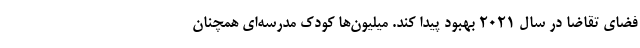
فضای تقاضا در سال ۲۰۲۱ بهبود پیدا کند. میلیون‌ها کودک مدرسه‌ای همچنان